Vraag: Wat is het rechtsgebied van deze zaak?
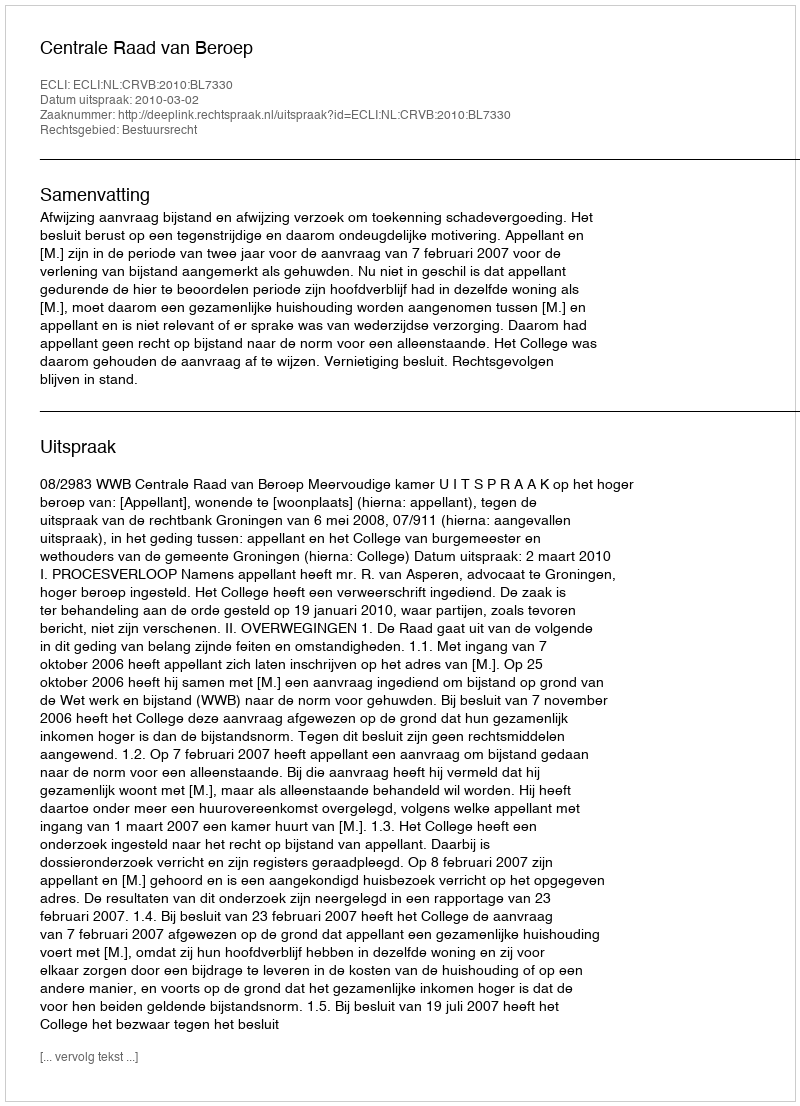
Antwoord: Bestuursrecht